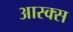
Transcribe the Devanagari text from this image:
आस्क्स